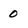
Character: 0